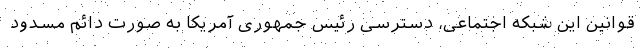
قوانین این شبکه اجتماعی، دسترسی رئیس جمهوری آمریکا به صورت دائم مسدود